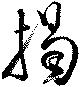
掲